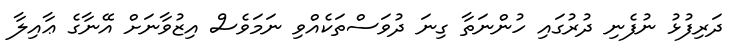
ދަރިފުޅު ނުފެނި ދުރުގައި ހުންނަތާ ގިނަ ދުވަސްތަކެއްވި ނަމަވެސް އިޒުވާނަށް އޭނާގެ ޢާއިލާ